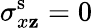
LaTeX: \sigma_{x\mathbf{z}}^{\mathrm{{s}}}=0